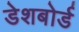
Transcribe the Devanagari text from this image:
डेशबोर्ड